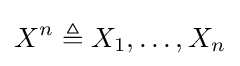
X^{n}\triangleq X_{1},\ldots ,X_{n}